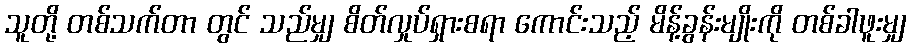
သူတို့ တစ်သက်တာ တွင် သည်မျှ စိတ်လှုပ်ရှားစရာ ကောင်းသည့် မိန့်ခွန်းမျိုးကို တစ်ခါဖူးမျှ